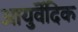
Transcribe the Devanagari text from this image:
आयुर्वॆदिक